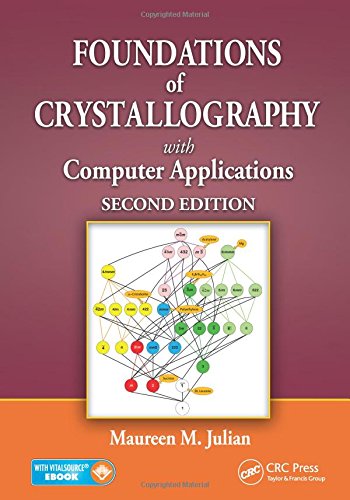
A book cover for Foundations of Crystallography with Computer Applications, Second Edition; Maureen M. Julian; Science & Math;